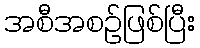
အစီအစဉ်ဖြစ်ပြီး